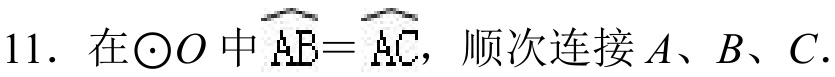
11. 在\(\odot O\)中\(\overset{\frown}{AB}=\overset{\frown}{AC}\)，顺次连接\(A\)、\(B\)、\(C\).